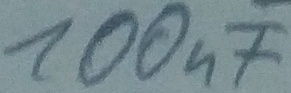
Text: 100nF